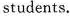
students.